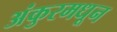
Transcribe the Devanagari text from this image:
अंकुरमधून